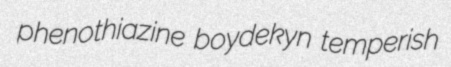
phenothiazine boydekyn temperish